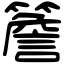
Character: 簷